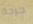
حرجة